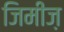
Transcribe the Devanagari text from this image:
जिमीज़